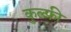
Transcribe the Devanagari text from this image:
कुल्फ़ी